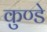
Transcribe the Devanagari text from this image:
कुण्डे